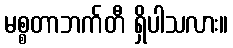
မစ္စတာဘက်တီ ရှိပါသလား။